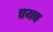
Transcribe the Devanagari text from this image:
एयप